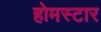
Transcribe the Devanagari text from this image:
होमस्टार